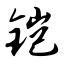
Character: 铠